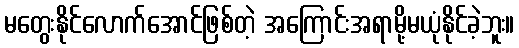
မတွေးနိုင်လောက်အောင်ဖြစ်တဲ့ အကြောင်းအရာမို့မယုံနိုင်ခဲ့ဘူး။